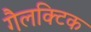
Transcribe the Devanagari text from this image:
गैलक्टिक